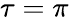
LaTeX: \tau=\pi